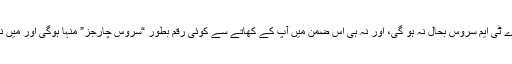
عملے کے فرد نے کہا کہ آپ بے فکر رہیں، اے ٹی ایم سروس بحال نہ ہو گی، اور نہ ہی اس ضمن میں آپ کے کھاتے سے کوئی رقم بطور “سروس چارجز” مِنہا ہوگی اور میں نے انکی یقین دہانی پر اپنے کھاتہ بحال کروالیا۔